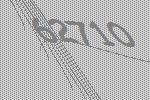
62710